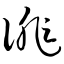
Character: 诽